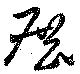
展